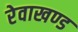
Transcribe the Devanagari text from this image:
रेवाखण्ड